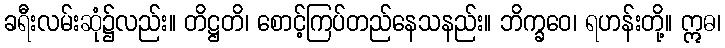
ခရီးလမ်းဆုံ၌လည်း။ တိဋ္ဌတိ၊ စောင့်ကြပ်တည်နေသနည်း။ ဘိက္ခဝေ၊ ရဟန်းတို့။ ဣဓ၊